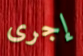
إجرى